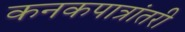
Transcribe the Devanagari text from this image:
कनकपात्रांतरी